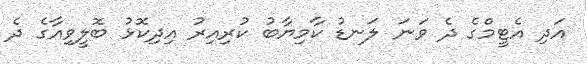
އަދި އެޓީމްގެ ދެ ވަނަ ލަނޑު ކާމިޔާބު ކުރިއިރު އިދިކޮޅު ބޮލީވިއާގެ ދެ